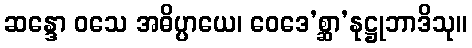
ဆန္ဒော ဝသေ အဓိပ္ပာယေ၊ ဝေဒေ’စ္ဆာ’နုဋ္ဌုဘာဒိသု။